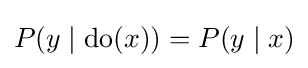
P(y\mid {\text{do}}(x))=P(y\mid x)